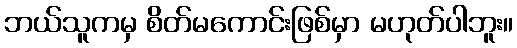
ဘယ်သူကမှ စိတ်မကောင်းဖြစ်မှာ မဟုတ်ပါဘူး။